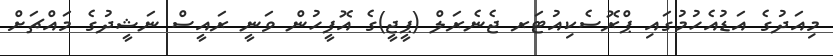
މިއަދުގެ އަޑުއެހުމުގައި ޕްރޮސެކިއުޓަރ ޖެނެރަލް (ޕީޖީ)ގެ އޮފީހުން ވަނީ ރައީސް ނަޝީދުގެ މައްޗަށް